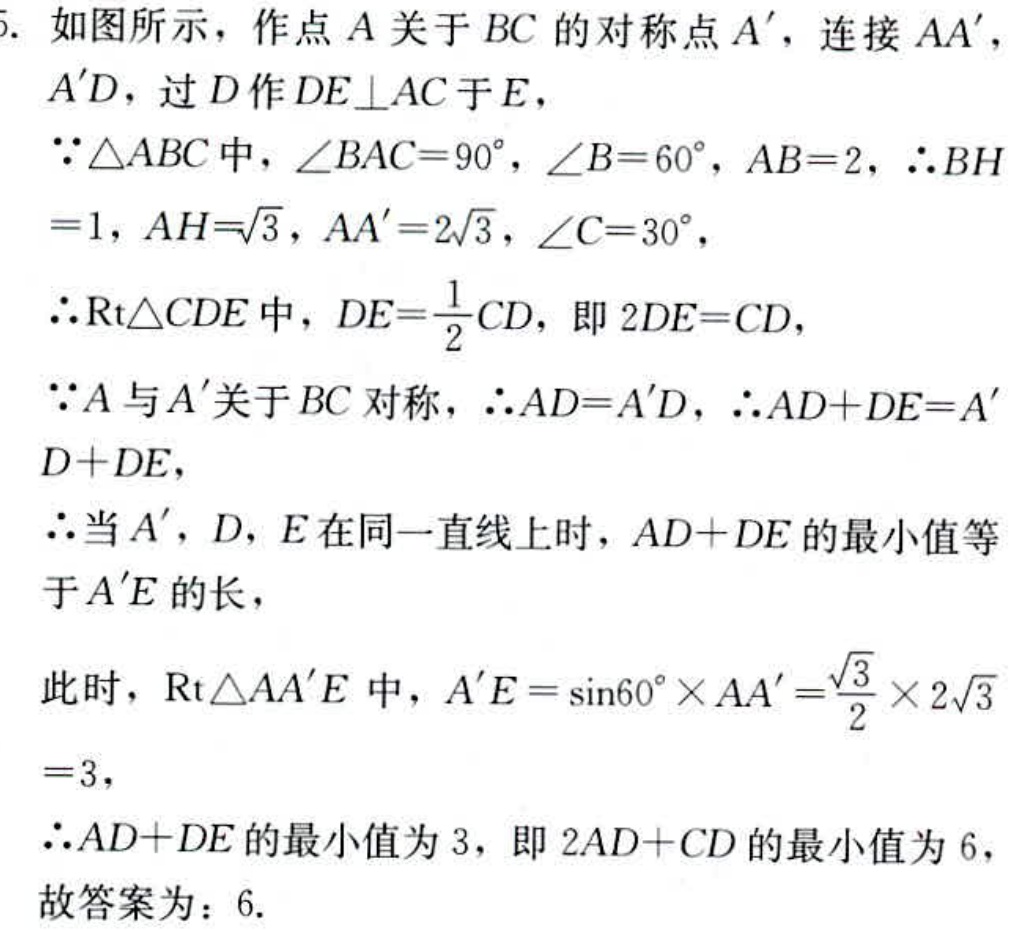
5. 如图所示，作点 \(A\) 关于 \(BC\) 的对称点 \(A'\)，连接 \(AA'\)，\(A'D\)，过 \(D\) 作 \(DE\perp AC\) 于 \(E\)，
\(\because\triangle ABC\) 中，\(\angle BAC = 90^{\circ}\)，\(\angle B = 60^{\circ}\)，\(AB = 2\)，\(\therefore BH = 1\)，\(AH=\sqrt{3}\)，\(AA' = 2\sqrt{3}\)，\(\angle C = 30^{\circ}\)，
\(\therefore\mathrm{Rt}\triangle CDE\) 中，\(DE=\frac{1}{2}CD\)，即 \(2DE = CD\)，
\(\because A\) 与 \(A'\) 关于 \(BC\) 对称，\(\therefore AD = A'D\)，\(\therefore AD + DE=A'D + DE\)，
\(\therefore\) 当 \(A'\)，\(D\)，\(E\) 在同一直线上时，\(AD + DE\) 的最小值等于 \(A'E\) 的长，
此时，\(\mathrm{Rt}\triangle AA'E\) 中，\(A'E=\sin60^{\circ}\times AA'=\frac{\sqrt{3}}{2}\times 2\sqrt{3}=3\)，
\(\therefore AD + DE\) 的最小值为 \(3\)，即 \(2AD + CD\) 的最小值为 \(6\)，
故答案为：\(6\).